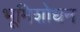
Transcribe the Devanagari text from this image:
भूमिशोधन